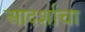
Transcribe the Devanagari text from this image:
आदर्शाचा